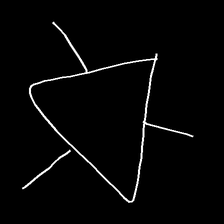
Glyph: fire